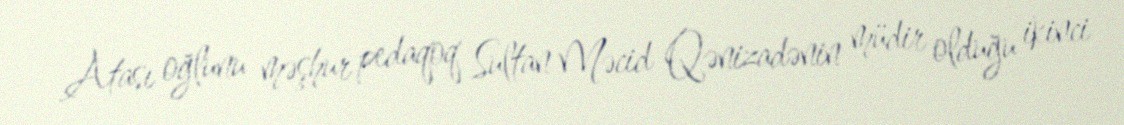
Atası oğlunu məşhur pedaqoq Sultan Məcid Qənizadənin müdir olduğu ikinci